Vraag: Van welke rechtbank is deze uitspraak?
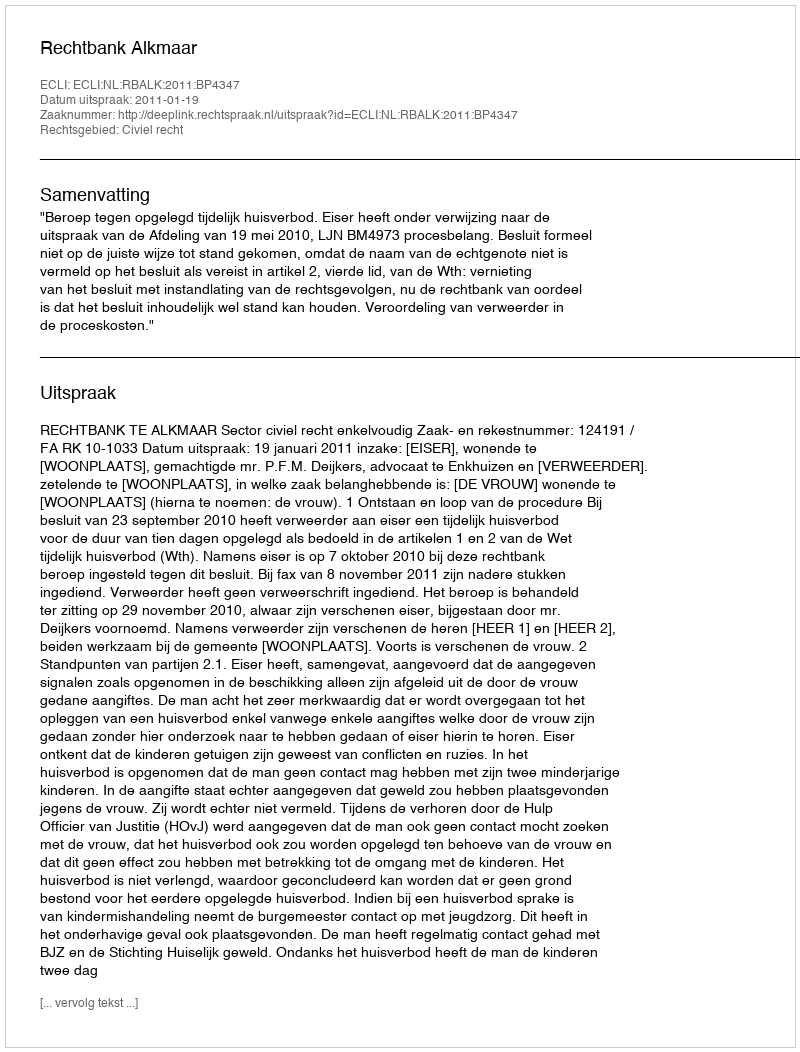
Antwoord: Rechtbank Alkmaar